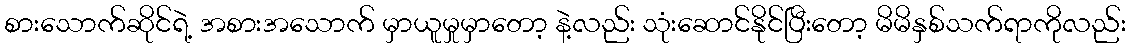
စားသောက်ဆိုင်ရဲ့ အစားအသောက် မှာယူမှုမှာတော့ နဲ့လည်း သုံးဆောင်နိုင်ပြီးတော့ မိမိနှစ်သက်ရာကိုလည်း